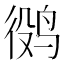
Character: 𱉷